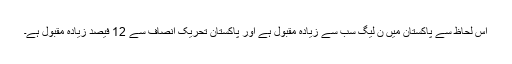
اس لحاظ سے پاکستان میں ن لیگ سب سے زیادہ مقبول ہے اور پاکستان تحریک انصاف سے 12 فیصد زیادہ مقبول ہے۔